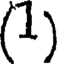
(1)